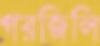
গরজিলি